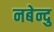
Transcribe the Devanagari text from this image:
नबेन्दु